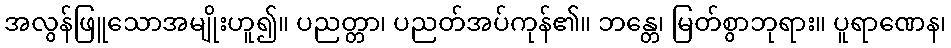
အလွန်ဖြူသောအမျိုးဟူ၍။ ပညတ္တာ၊ ပညတ်အပ်ကုန်၏။ ဘန္တေ၊ မြတ်စွာဘုရား။ ပူရာဏေန၊